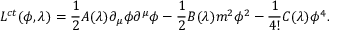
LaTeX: { \cal L } ^ { c t } ( \phi , \lambda ) = { \frac { 1 } { 2 } } A ( \lambda ) \partial _ { \mu } \phi \partial ^ { \mu } \phi - { \frac { 1 } { 2 } } B ( \lambda ) m ^ { 2 } \phi ^ { 2 } - { \frac { 1 } { 4 ! } } C ( \lambda ) \phi ^ { 4 } .